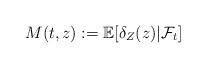
LaTeX: \begin{align*}M(t,z) := \mathbb{E}[\delta_Z(z)|\mathcal{F}_t]\end{align*}